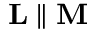
\mathbf { L } \parallel \mathbf { M }